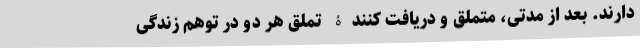
دارند. بعد از مدتی، متملق و دریافت کنندۀ تملق هر دو در توهم زندگی